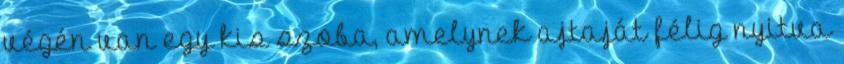
végén van egy kis szoba, amelynek ajtaját félig nyitva